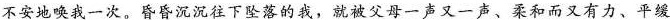
不安地唤我一次。昏昏沉沉往下坠落的我，就被父母一声又一声、柔和而又有力、平缓